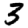
Digit: 3